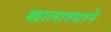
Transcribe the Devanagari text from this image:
खालाश्याने